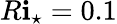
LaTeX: R\mathbf{i}_{\star}=0.1